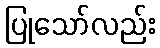
ပြုသော်လည်း